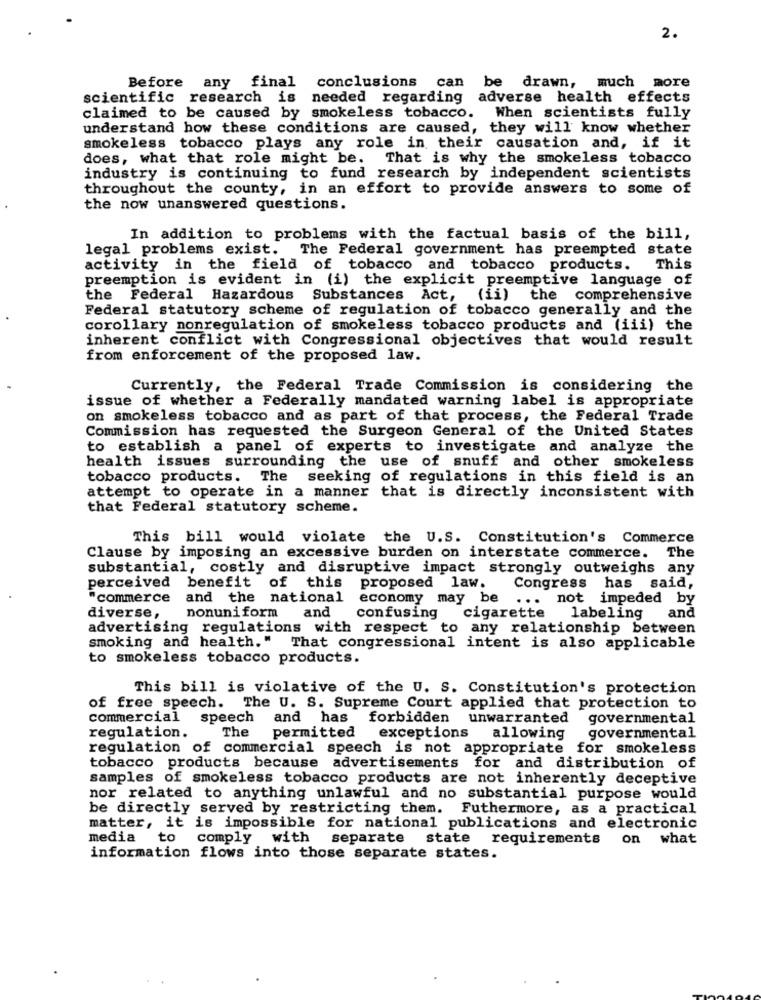
2.
Before any
final conclusions can be drawn, much more
scientific research is needed regarding adverse health effects
claimed to be caused by smokeless tobacco. When scientists fully
understand how these conditions are caused, they will know whether
smokeless tobacco plays any role in their causation and, if it
does, what that role might be. That is why the smokeless tobacco
industry is continuing to fund research by independent scientists
throughout the county, in an effort to provide answers to some of
the now unanswered questions.
In addition to problems with the factual basis of the bill,
legal problems exist. The Federal government has preempted state
activity in the field of tobacco and tobacco products.
This
preemption is evident in (i) the explicit preemptive language of
the Federal Hazardous Substances Act, (ii) the comprehensive
Federal statutory scheme of regulation of tobacco generally and the
corollary nonregulation of smokeless tobacco products and (iii) the
inherent conflict with Congressional objectives that would result
from enforcement of the proposed law.
Currently, the Federal Trade Commission is considering the
issue of whether a Federally mandated warning label is appropriate
on smokeless tobacco and as part of that process, the Federal Trade
Commission has requested the Surgeon General of the United States
to establish a panel of experts to investigate and analyze the
health issues surrounding the use of snuff and other smokeless
tobacco products. The seeking of regulations in this field is an
attempt to operate in a manner that is directly inconsistent with
that Federal statutory scheme.
This bill would violate the U.S. Constitution's Commerce
The
Clause by imposing an excessive burden on interstate commerce.
substantial, costly and disruptive impact strongly outweighs any
perceived benefit of this
proposed law.
Congress has said,
"commerce
and the national
economy may be ...
not impeded by
and
diverse,
nonuniform
confusing
cigarette
labeling
and
advertising regulations with respect to any relationship between
smoking and health." That congressional intent is also applicable
to smokeless tobacco products.
This bill is violative of the U. S. Constitution's protection
of free speech. The U. S. Supreme Court applied that protection to
commercial
speech and has
forbidden unwarranted
governmental
The
regulation.
permitted
exceptions allowing
governmental
regulation of commercial speech is not appropriate for smokeless
tobacco products because advertisements for and distribution of
samples of smokeless tobacco products are not inherently deceptive
nor related to anything unlawful and no substantial purpose would
be directly served by restricting them. Futhermore, as a practical
matter, it is impossible for national publications and electronic
media to comply with separate state requirements on what
information flows into those separate states.